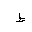
Letter: _da